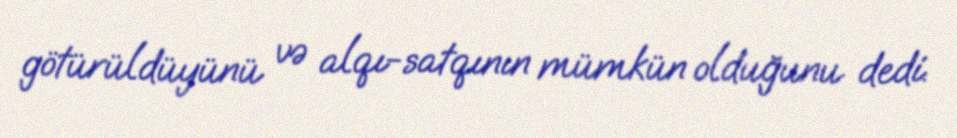
götürüldüyünü və alqı-satqının mümkün olduğunu dedi.